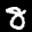
Label: 8